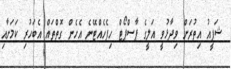
ޝަފީއު އިތުރަށް ވިދާޅުވީ އަލީގެ ޕާސްޕޯޓް ހިފެހެއްޓޭނެ އެހެން ގޮތްތައް އެބަހުރި ކަމަށާއި